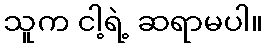
သူက ငါ့ရဲ့ ဆရာမပါ။